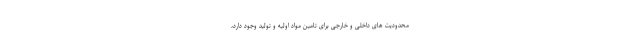
محدودیت های داخلی و خارجی برای تامین مواد اولیه و تولید وجود دارد،